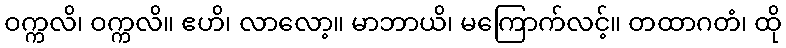
ဝက္ကလိ၊ ဝက္ကလိ။ ဧဟိ၊ လာလော့။ မာဘာယိ၊ မကြောက်လင့်။ တထာဂတံ၊ ထို